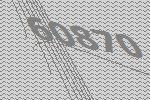
60870